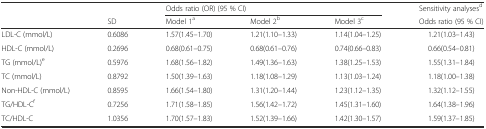
<table><thead><tr><td></td><td></td><td colspan="3"><b>Odds ratio (OR) (95 % CI)</b></td><td><b>Sensitivity analyses<sup>d</sup></b></td></tr><tr><td></td><td><b>SD</b></td><td><b>Model 1<sup>a</sup></b></td><td><b>Model 2<sup>b</sup></b></td><td><b>Model 3<sup>c</sup></b></td><td><b>Odds ratio (95 % CI)</b></td></tr></thead><tbody><tr><td>LDL-C (mmol/L)</td><td>0.6086</td><td>1.57(1.45–1.70)</td><td>1.21(1.10–1.33)</td><td>1.14(1.04–1.25)</td><td>1.21(1.03–1.43)</td></tr><tr><td>HDL-C (mmol/L)</td><td>0.2696</td><td>0.68(0.61–0.75)</td><td>0.68(0.61–0.76)</td><td>0.74(0.66–0.83)</td><td>0.66(0.54–0.81)</td></tr><tr><td>TG (mmol/L)<sup>e</sup></td><td>0.5976</td><td>1.68(1.56–1.82)</td><td>1.49(1.36–1.63)</td><td>1.38(1.25–1.53)</td><td>1.55(1.31–1.84)</td></tr><tr><td>TC (mmol/L)</td><td>0.8792</td><td>1.50(1.39–1.63)</td><td>1.18(1.08–1.29)</td><td>1.13(1.03–1.24)</td><td>1.18(1.00–1.38)</td></tr><tr><td>Non-HDL-C (mmol/L)</td><td>0.8595</td><td>1.66(1.54–1.80)</td><td>1.31(1.20–1.44)</td><td>1.23(1.12–1.35)</td><td>1.32(1.12–1.55)</td></tr><tr><td>TG/HDL-C<sup>f</sup></td><td>0.7256</td><td>1.71(1.58–1.85)</td><td>1.56(1.42–1.72)</td><td>1.45(1.31–1.60)</td><td>1.64(1.38–1.96)</td></tr><tr><td>TC/HDL-C</td><td>1.0356</td><td>1.70(1.57–1.83)</td><td>1.52(1.39–1.66)</td><td>1.42(1.30–1.57)</td><td>1.59(1.37–1.85)</td></tr></tbody></table>